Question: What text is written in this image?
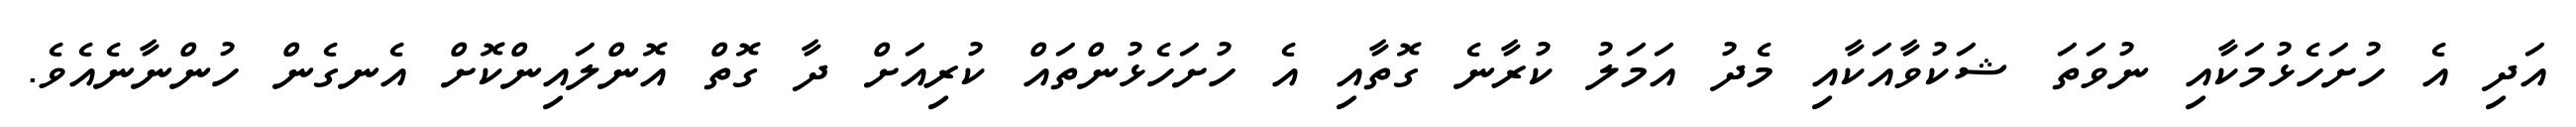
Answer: އަދި އެ ހުށަހެޅުމަކާއި ނުވަތަ ޝަކުވާއަކާއި މެދު އަމަލު ކުރާނެ ގޮތާއި އެ ހުށަހެޅުންތައް ކުރިއަށް ދާ ގޮތް އޮންލައިންކޮށް އެނގެން ހުންނާނެއެވެ.